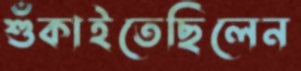
শুঁকাইতেছিলেন